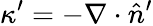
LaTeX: \kappa^{\prime}=-\nabla\cdot\hat{n}^{\prime}